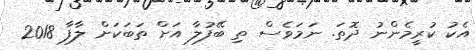
އެކު ކުރީމެންނު ދޮތަ. ނަމަވެސް ތި ބޭފުލާ އަށް ތަބަކަށް ލާފާ 2018